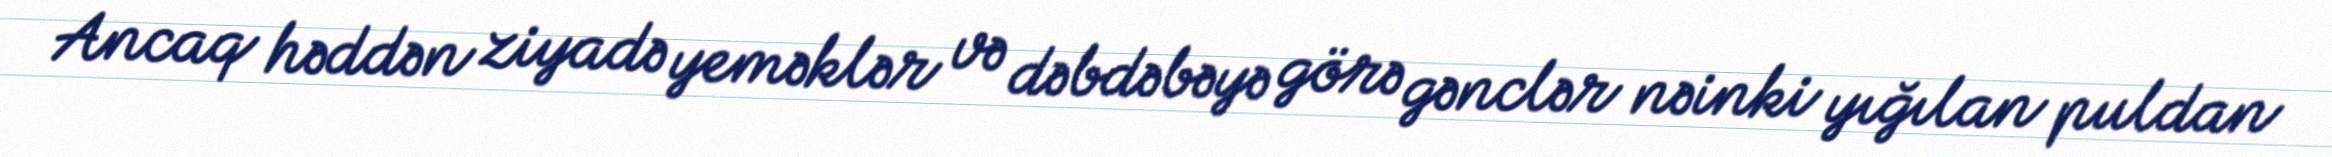
Ancaq həddən ziyadə yeməklər və dəbdəbəyə görə gənclər nəinki yığılan puldan